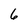
Character: 6